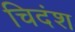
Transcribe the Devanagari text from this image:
चिदंश